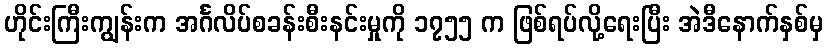
ဟိုင်းကြီးကျွန်းက အင်္ဂလိပ်စခန်းစီးနင်းမှုကို ၁၇၅၅ က ဖြစ်ရပ်လို့ရေးပြီး အဲဒီနောက်နှစ်မှ